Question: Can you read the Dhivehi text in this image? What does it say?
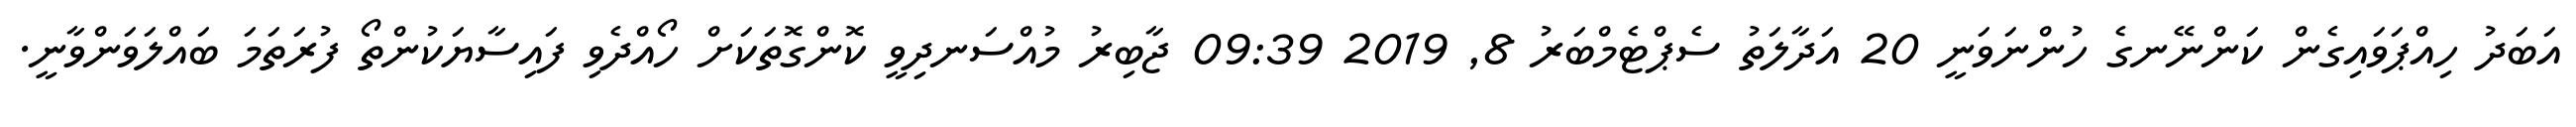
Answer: އަބަދު ހިއްޕަވައިގެން ކަންނޭނގެ ހުންނަވަނީ 20 އަދާލަތު ސެޕްޓެމްބަރު 8, 2019 09:39 ޖާބިރު މުއްސަނދިވީ ކޮންގޮތަކަށް ހޯއްދެވި ފައިސާޔަކުންތޯ ފުރަތަމަ ބައްލަވަންވާނީ.